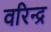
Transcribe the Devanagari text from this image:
वरिन्द्र